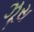
ઝૂસ